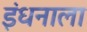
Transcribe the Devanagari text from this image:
इंधनाला